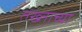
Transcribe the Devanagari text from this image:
तख्ताच्या